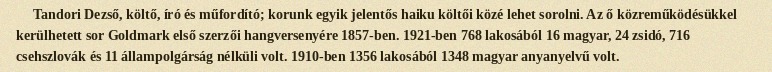
Tandori Dezső, költő, író és műfordító; korunk egyik jelentős haiku költői közé lehet sorolni. Az ő közreműködésükkel kerülhetett sor Goldmark első szerzői hangversenyére 1857-ben. 1921-ben 768 lakosából 16 magyar, 24 zsidó, 716 csehszlovák és 11 állampolgárság nélküli volt. 1910-ben 1356 lakosából 1348 magyar anyanyelvű volt.